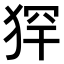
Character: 𤞶